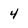
Character: 4